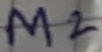
Text: M2